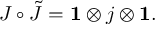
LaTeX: J \circ \tilde { J } = { \bf 1 } \otimes j \otimes { \bf 1 } .